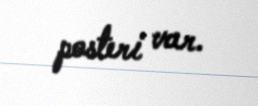
posteri var.